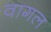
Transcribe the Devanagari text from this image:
वागल